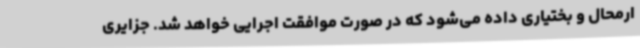
ارمحال و بختیاری داده می‌شود که در صورت موافقت اجرایی خواهد شد. جزایری